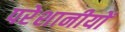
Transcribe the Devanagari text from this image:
परेशानीयों